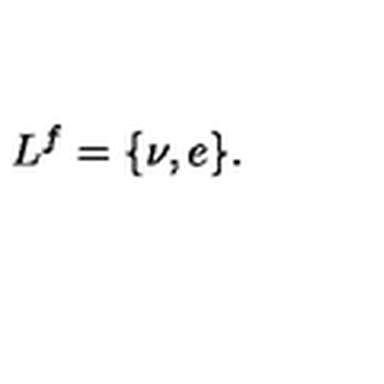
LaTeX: L ^ { f } = \{ \nu , e \} .